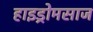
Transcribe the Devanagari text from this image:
हाइड्रोमसाज